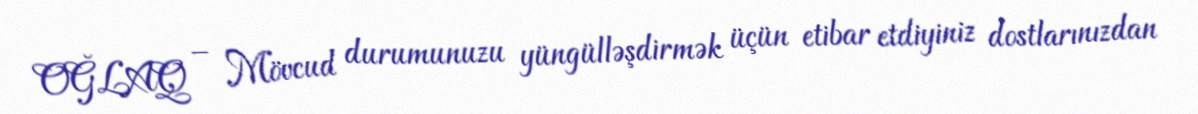
OĞLAQ – Mövcud durumunuzu yüngülləşdirmək üçün etibar etdiyiniz dostlarınızdan